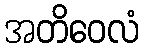
အတိဝေလံ